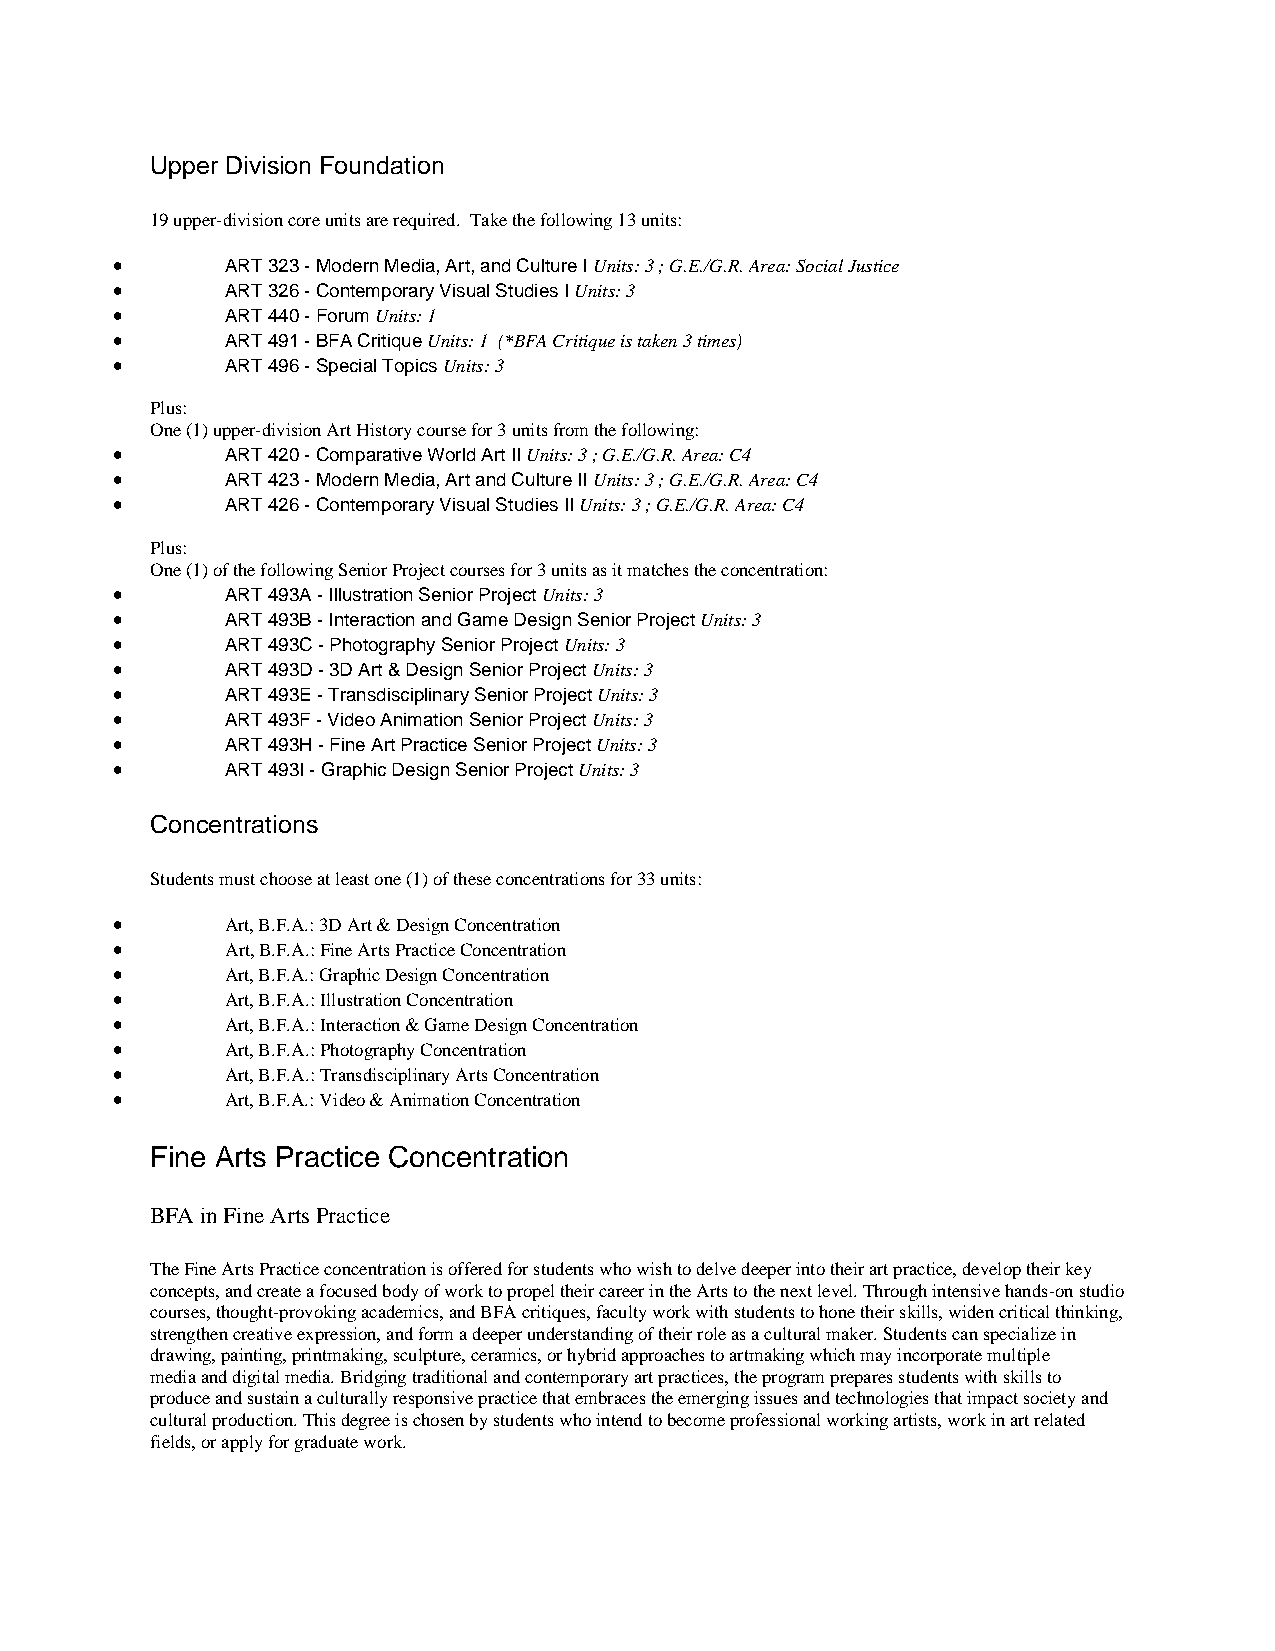
Upper Division Foundation
 19 upper-division core units are required. Take the following 13 units:
 •       ART 323 - Modern Media, Art, and Culture I Units: 3 ; G.E./G.R. Area: Social Justice
 •       ART 326 - Contemporary Visual Studies I Units: 3
 •       ART 440 - Forum Units: 1
 •       ART 491 - BFA Critique Units: 1 (*BFA Critique is taken 3 times)
 •       ART 496 - Special Topics Units: 3
 Plus:
 One (1) upper-division Art History course for 3 units from the following:
 •       ART 420 - Comparative World Art II Units: 3 ; G.E./G.R. Area: C4
 •       ART 423 - Modern Media, Art and Culture II Units: 3 ; G.E./G.R. Area: C4
 •       ART 426 - Contemporary Visual Studies II Units: 3 ; G.E./G.R. Area: C4
 Plus:
 One (1) of the following Senior Project courses for 3 units as it matches the concentration:
 •       ART 493A - Illustration Senior Project Units: 3
 •       ART 493B - Interaction and Game Design Senior Project Units: 3
 •       ART 493C - Photography Senior Project Units: 3
 •       ART 493D - 3D Art & Design Senior Project Units: 3
 •       ART 493E - Transdisciplinary Senior Project Units: 3
 •       ART 493F - Video Animation Senior Project Units: 3
 •       ART 493H - Fine Art Practice Senior Project Units: 3
 •       ART 493I - Graphic Design Senior Project Units: 3
 Concentrations
 Students must choose at least one (1) of these concentrations for 33 units:
 •       Art, B.F.A.: 3D Art & Design Concentration
 •       Art, B.F.A.: Fine Arts Practice Concentration
 •       Art, B.F.A.: Graphic Design Concentration
 •       Art, B.F.A.: Illustration Concentration
 •       Art, B.F.A.: Interaction & Game Design Concentration
 •       Art, B.F.A.: Photography Concentration
 •       Art, B.F.A.: Transdisciplinary Arts Concentration
 •       Art, B.F.A.: Video & Animation Concentration
 Fine Arts Practice Concentration
 BFA in Fine Arts Practice
 The Fine Arts Practice concentration is offered for students who wish to delve deeper into their art practice, develop their key
 concepts, and create a focused body of work to propel their career in the Arts to the next level. Through intensive hands-on studio
 courses, thought-provoking academics, and BFA critiques, faculty work with students to hone their skills, widen critical thinking,
 strengthen creative expression, and form a deeper understanding of their role as a cultural maker. Students can specialize in
 drawing, painting, printmaking, sculpture, ceramics, or hybrid approaches to artmaking which may incorporate multiple
 media and digital media. Bridging traditional and contemporary art practices, the program prepares students with skills to
 produce and sustain a culturally responsive practice that embraces the emerging issues and technologies that impact society and
 cultural production. This degree is chosen by students who intend to become professional working artists, work in art related
 fields, or apply for graduate work.